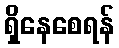
ရှိနေစေရန်